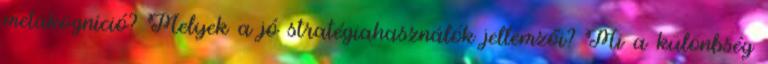
metakogníció? Melyek a jó stratégiahasználók jellemzői? Mi a különbség